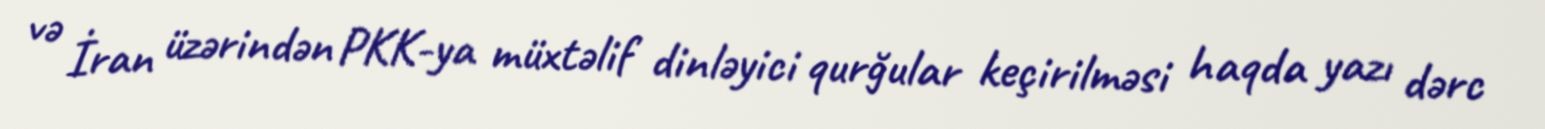
və İran üzərindən PKK-ya müxtəlif dinləyici qurğular keçirilməsi haqda yazı dərc